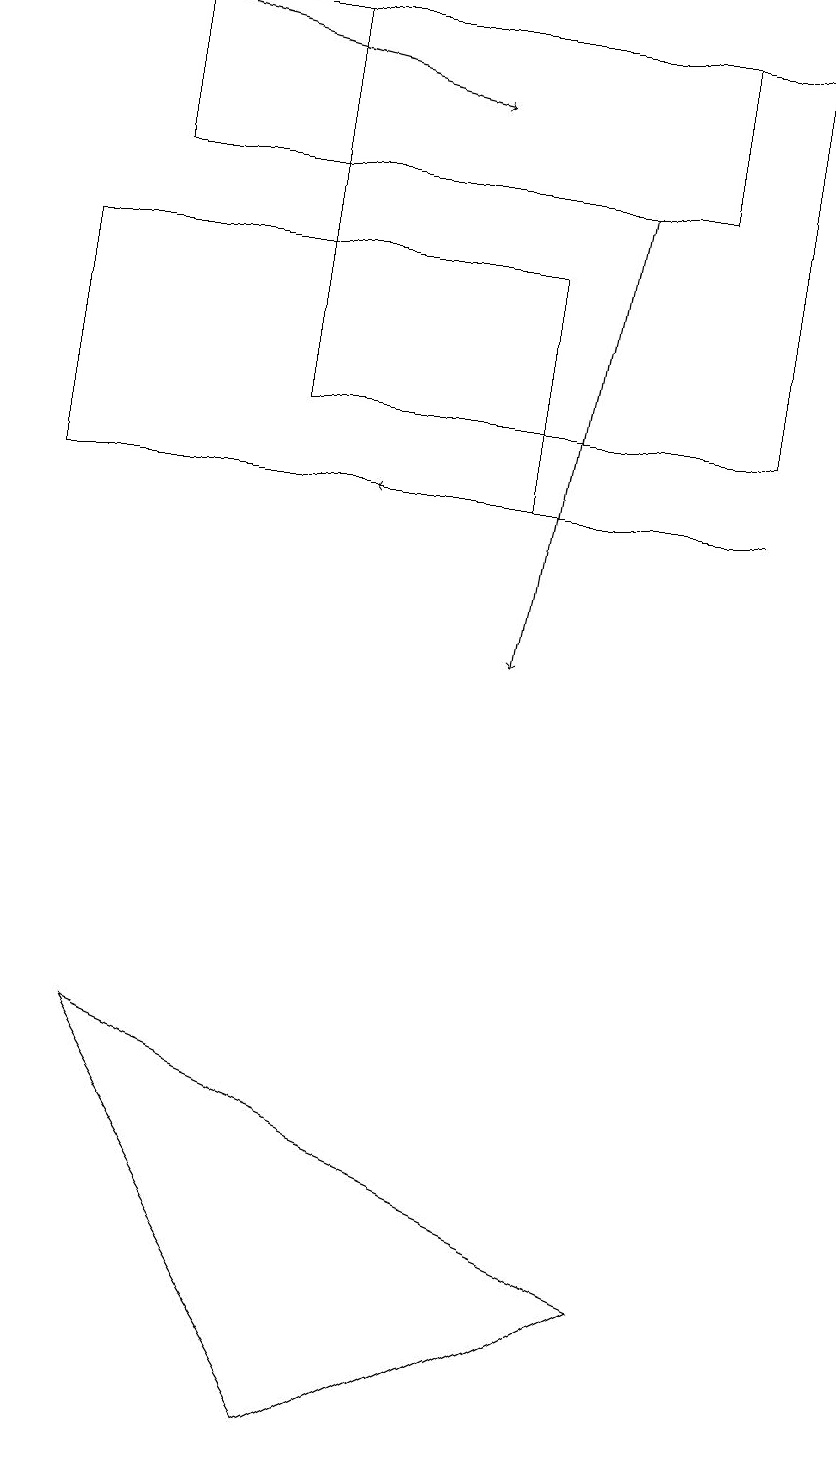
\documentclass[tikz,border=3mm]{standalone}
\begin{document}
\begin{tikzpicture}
\draw[->] (7,17) -- (6,11);
\draw (1,19) rectangle (8,17);
\draw[->] (1,19) -- (5,18);
\draw (0,13) rectangle (6,16);
\draw[->] (9,13) -- (4,13);
\draw (4,1) -- (8,3) -- (1,6) -- cycle;
\draw (10,10) circle (0);
\draw (9,14) rectangle (3,19);
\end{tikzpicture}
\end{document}